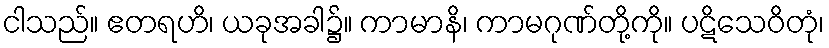
ငါသည်။ ဧတရဟိ၊ ယခုအခါ၌။ ကာမာနိ၊ ကာမဂုဏ်တို့ကို။ ပဋိသေဝိတုံ၊